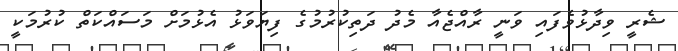
ޝެރީ ވިދާޅުވެފައި ވަނީ ރާއްޖެއާ މެދު ދަތިކުރުމުގެ ފިޔަވަޅު އެޅުމަށް މަސައްކަތް ކުރުމަކީ